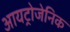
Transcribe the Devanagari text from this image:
आयट्रोजेनिक